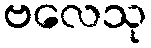
ဗလေသု